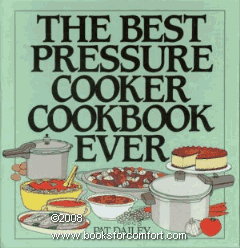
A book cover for The Best Pressure Cooker Cookbook Ever; Pat Dailey; Cookbooks, Food & Wine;